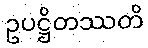
ဥပဋ္ဌိတဿတိ